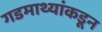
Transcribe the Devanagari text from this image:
गडमाथ्यांकडून